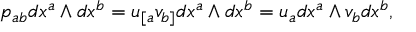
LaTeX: p _ { a b } d x ^ { a } \wedge d x ^ { b } = u _ { [ a } v _ { b ] } d x ^ { a } \wedge d x ^ { b } = u _ { a } d x ^ { a } \wedge v _ { b } d x ^ { b } ,